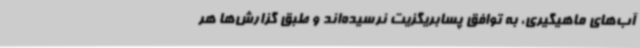
آب‌های ماهیگیری، به توافق پسابریگزیت نرسیده‌اند و طبق گزارش‌ها هر